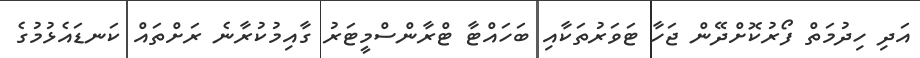
އަދި ހިދުމަތް ފޯރުކޮށްދޭން ޖަހާ ޓަވަރުތަކާއި ބަހައްޓާ ޓްރާންސްމީޓަރު ގާއިމުކުރާނެ ރަށްތައް ކަނޑައެޅުމުގެ